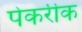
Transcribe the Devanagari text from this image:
पेकरीक